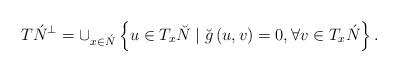
LaTeX: \begin{align*}T\acute{N}^{\perp }=\cup _{x\in \acute{N}}\left\{ u\in T_{x}\breve{N}\mid \breve{g}\left( u,v\right) =0,\forall v\in T_{x}\acute{N}\right\} .\end{align*}